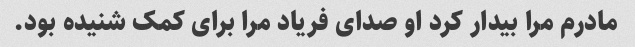
مادرم مرا بیدار کرد او صدای فریاد مرا برای کمک شنیده بود.